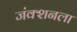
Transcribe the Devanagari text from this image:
जंक्शनला